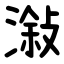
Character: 潊